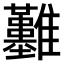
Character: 𩁬